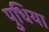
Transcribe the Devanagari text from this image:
पुधिया